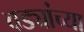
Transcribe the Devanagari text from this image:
वड्यांच्या